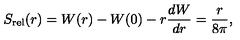
S _ { \mathrm { r e l } } ( r ) = W ( r ) - W ( 0 ) - r { \frac { d W } { d r } } = \frac { r } { 8 \pi } ,